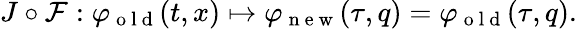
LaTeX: \begin{array}{r}{J\circ\mathcal{F}:\varphi_{\mathrm{~o~l~d~}}(t,x)\mapsto\varphi_{\mathrm{~n~e~w~}}(\tau,q)=\varphi_{\mathrm{~o~l~d~}}(\tau,q).}\end{array}